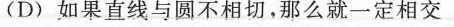
(D)如果直线与圆不相切，那么就一定